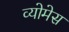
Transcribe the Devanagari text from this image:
व्योमेस